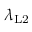
\lambda _ { \mathrm { L 2 } }